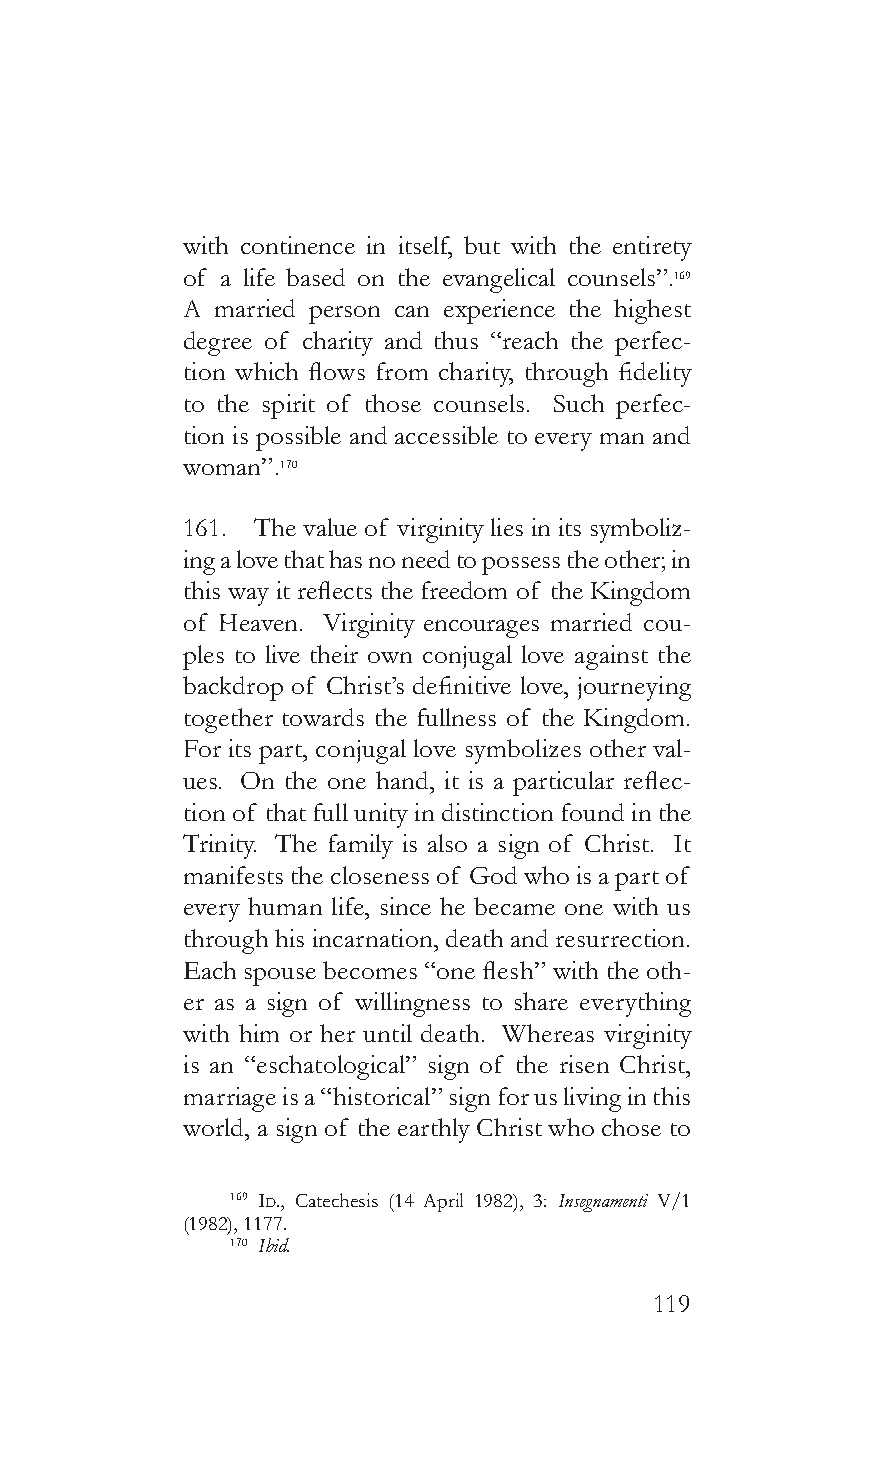
with continence in itself, but with the entirety
 of a life based on the evangelical counsels”.169
 A married person can experience the highest
 degree of charity and thus “reach the perfec-
 tion which flows from charity, through fidelity
 to the spirit of those counsels. Such perfec-
 tion is possible and accessible to every man and
 woman”.170
 161. The value of virginity lies in its symboliz-
 ing a love that has no need to possess the other; in
 this way it reflects the freedom of the Kingdom
 of Heaven. Virginity encourages married cou-
 ples to live their own conjugal love against the
 backdrop of Christ’s definitive love, journeying
 together towards the fullness of the Kingdom.
 For its part, conjugal love symbolizes other val-
 ues. On the one hand, it is a particular reflec-
 tion of that full unity in distinction found in the
 Trinity. The family is also a sign of Christ. It
 manifests the closeness of God who is a part of
 every human life, since he became one with us
 through his incarnation, death and resurrection.
 Each spouse becomes “one flesh” with the oth-
 er as a sign of willingness to share everything
 with him or her until death. Whereas virginity
 is an “eschatological” sign of the risen Christ,
 marriage is a “historical” sign for us living in this
 world, a sign of the earthly Christ who chose to
 169 Id., Catechesis (14 April 1982), 3: Insegnamenti V/1
 (1982), 1177.
 170 Ibid.
 119